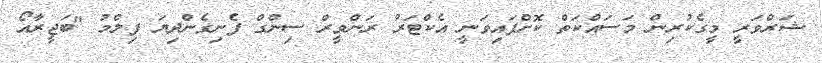
ޝަރްވަރީ މީގެކުރިން މަސައްކަތް ކޮށްފައިވަނީ އެކްޓަރު ރަންވީރް ސިންގް ފެނިގެންދިޔަ ފިލްމު "ބަޖީރާއޯ